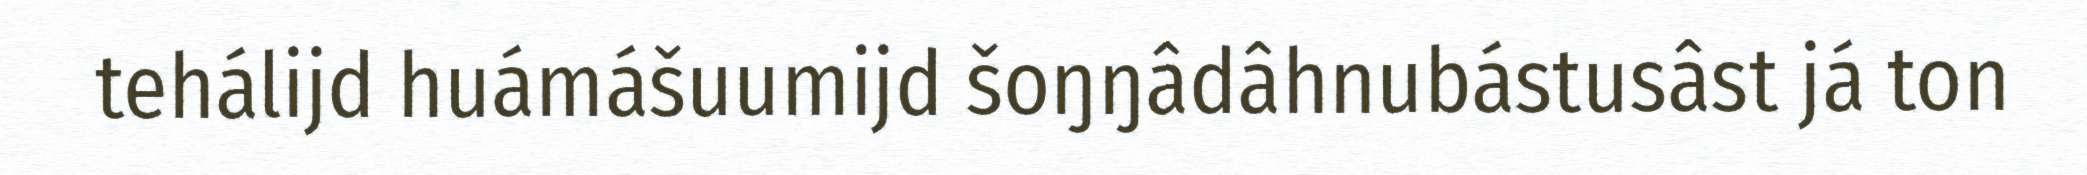
tehálijd huámášuumijd šoŋŋâdâhnubástusâst já ton